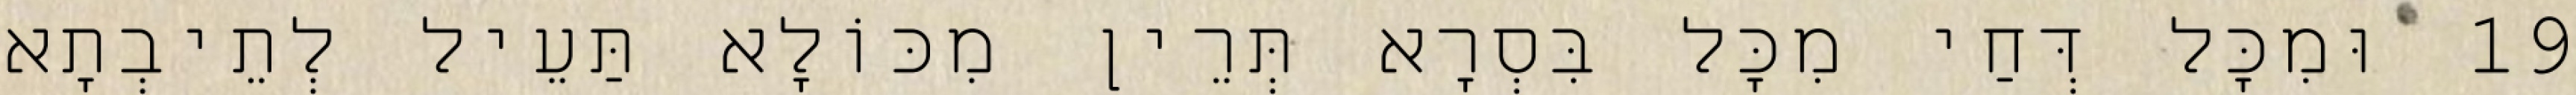
19 וּמִכָּל דְּחַי מִכָּל בִּסְרָא תְּרֵין מִכּוֹלָא תַּעֵיל לְתֵיבְתָא